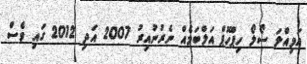
އަމިއްލަ ސޯލޯ ހިޕްހޮޕް އަލްބަމެއް ނެރުނުއިރު 2007 އަދި 2012 ގައި ވެސް